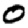
Digit: 0